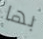
بها